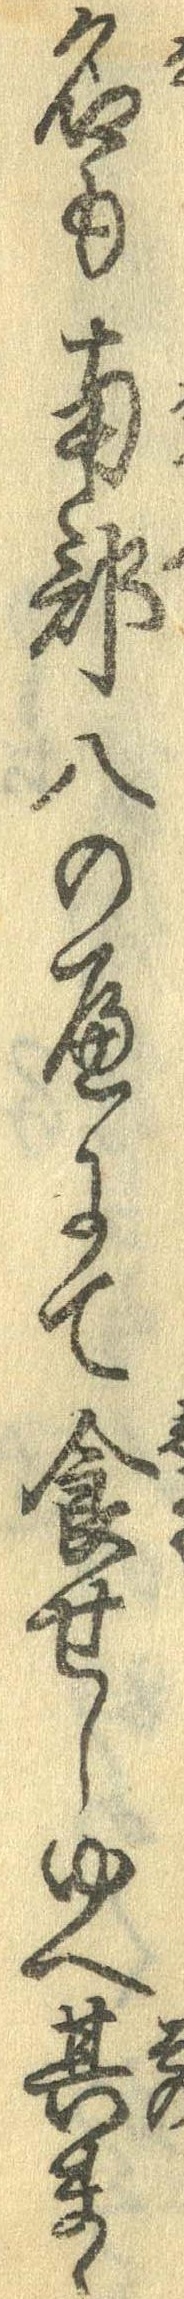
名も南部八のへにて食せしゆへ其まゝ